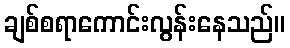
ချစ်စရာကောင်းလွန်းနေသည်။